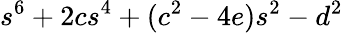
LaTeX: s^{6}+2cs^{4}+(c^{2}-4e)s^{2}-d^{2}